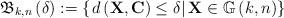
LaTeX: \begin{align*}{\mathfrak{B}_{k,n}}\left( \delta \right): = \left\{ {\left. {d\left( {{\mathbf{X,C}}} \right) \leq \delta } \right|{\mathbf{X}} \in \mathbb{G}\left( {k,n} \right)} \right\}\end{align*}